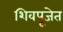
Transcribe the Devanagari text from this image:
शिवपूजेत